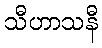
သီဟာသနီ